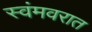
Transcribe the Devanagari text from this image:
स्वंमवरात